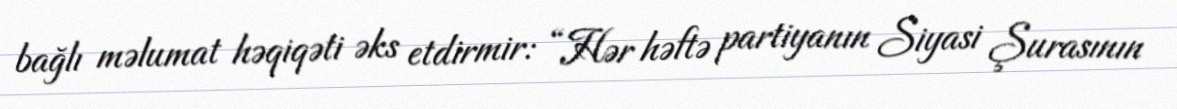
bağlı məlumat həqiqəti əks etdirmir: “Hər həftə partiyanın Siyasi Şurasının